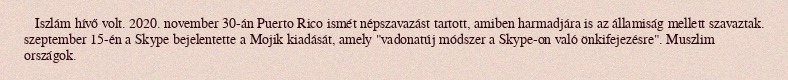
Iszlám hívő volt. 2020. november 30-án Puerto Rico ismét népszavazást tartott, amiben harmadjára is az államiság mellett szavaztak. szeptember 15-én a Skype bejelentette a Mojik kiadását, amely "vadonatúj módszer a Skype-on való önkifejezésre". Muszlim országok.